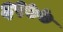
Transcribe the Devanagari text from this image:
६९७७